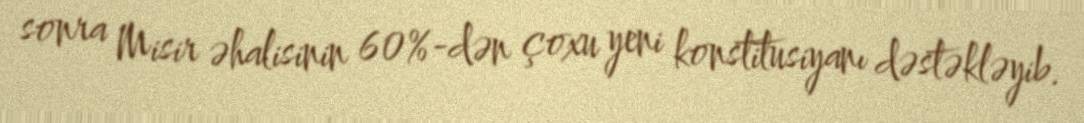
sonra Misir əhalisinin 60%-dən çoxu yeni konstitusiyanı dəstəkləyib.